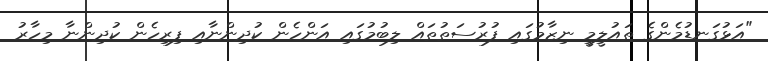
"އަޅުގަނޑުމެންގެ ތައުލީމީ ނިޒާމުގައި ފުރުސަތުތައް ލިބުމުގައި އަންހެން ކުދިންނާއި ފިރިހެން ކުދިންނާ މިހާރު